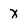
Character: x